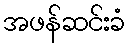
အဖန်ဆင်းခံ